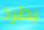
يطرد